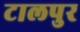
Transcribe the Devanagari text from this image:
टालपुर